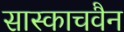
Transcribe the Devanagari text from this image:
सास्काचवैन